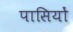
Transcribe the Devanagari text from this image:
पासियों